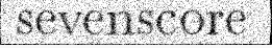
sevenscore